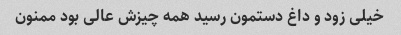
خیلی زود و داغ دستمون رسید همه چیزش عالی بود ممنون